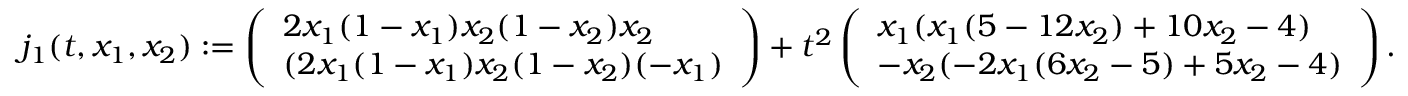
\begin{array} { r } { j _ { 1 } ( t , x _ { 1 } , x _ { 2 } ) : = \left( \begin{array} { l } { 2 x _ { 1 } ( 1 - x _ { 1 } ) x _ { 2 } ( 1 - x _ { 2 } ) x _ { 2 } } \\ { ( 2 x _ { 1 } ( 1 - x _ { 1 } ) x _ { 2 } ( 1 - x _ { 2 } ) ( - x _ { 1 } ) } \end{array} \right) + t ^ { 2 } \left( \begin{array} { l } { x _ { 1 } ( x _ { 1 } ( 5 - 1 2 x _ { 2 } ) + 1 0 x _ { 2 } - 4 ) } \\ { - x _ { 2 } ( - 2 x _ { 1 } ( 6 x _ { 2 } - 5 ) + 5 x _ { 2 } - 4 ) } \end{array} \right) . } \end{array}